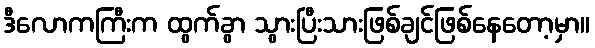
ဒီလောကကြီးက ထွက်ခွာ သွားပြီးသားဖြစ်ချင်ဖြစ်နေတော့မှာ။